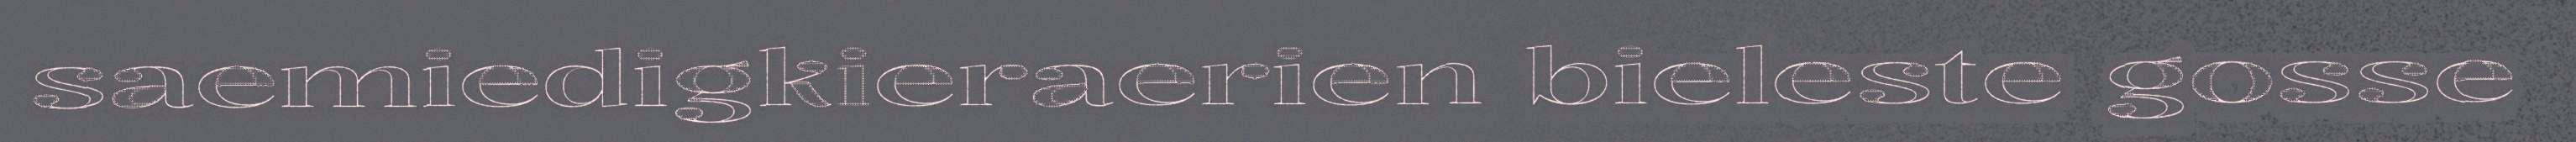
saemiedigkieraerien bieleste gosse